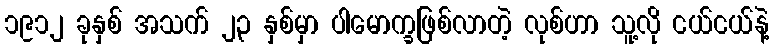
၁၉၁၂ ခုနှစ် အသက် ၂၃ နှစ်မှာ ပါမောက္ခဖြစ်လာတဲ့ လုစ်ဟာ သူ့လို ငယ်ငယ်နဲ့